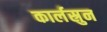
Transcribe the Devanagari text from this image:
कार्लस्रुन